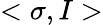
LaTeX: <\sigma,I>